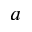
a